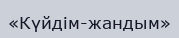
«Күйдім-жандым»